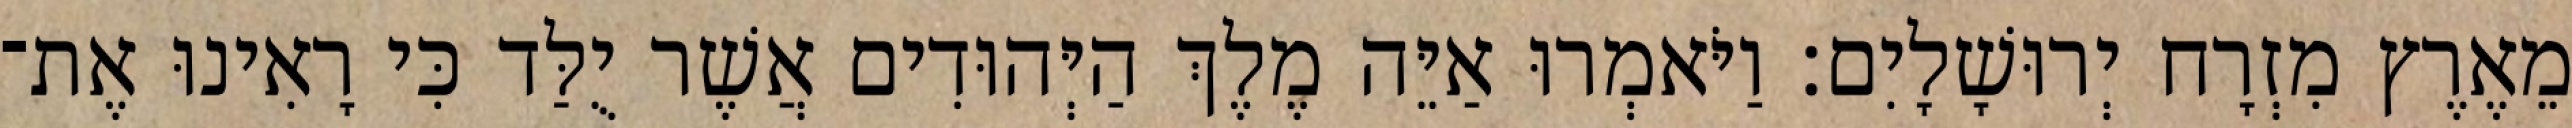
מֵאֶרֶץ מִזְרָח יְרוּשָׁלָיִם׃ וַיֹּאמְרוּ אַיֵּה מֶלֶךְ הַיְּהוּדִים אֲשֶׁר יֻלַּד כִּי רָאִינוּ אֶת־